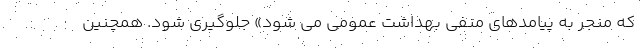
که منجر به پیامدهای منفی بهداشت عمومی می شود» جلوگیری شود. همچنین